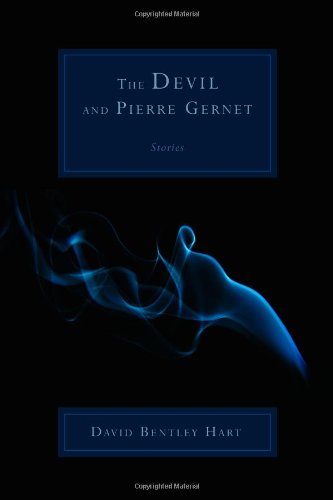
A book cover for The Devil and Pierre Gernet: Stories; David Bentley Hart; Christian Books & Bibles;